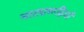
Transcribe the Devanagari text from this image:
नाट्यरूढ़ियाँ